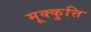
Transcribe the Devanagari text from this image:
मूक्कुत्ति